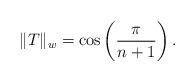
LaTeX: \begin{align*} \|T\|_w=\cos\left(\frac{\pi}{n+1}\right).\end{align*}